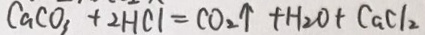
C a C O _ { 3 } + 2 H C l = C O _ { 2 } \uparrow + H _ { 2 } O + C G C l _ { 2 }